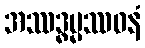
အဿဒ္ဓမ္မဿဝနံ